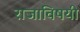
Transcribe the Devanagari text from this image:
राजाविषयी